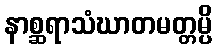
နာစ္ဆရာသံဃာတမတ္တမ္ပိ